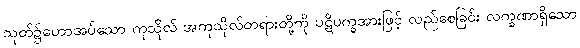
သုတ်၌ဟောအပ်သော ကုသိုလ် အကုသိုလ်တရားတို့ကို ပဋိပက္ခအားဖြင့် လည်စေခြင်း လက္ခဏာရှိသော